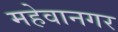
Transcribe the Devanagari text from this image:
महेवानगर